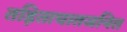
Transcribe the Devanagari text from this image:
तड़िताघातजनित